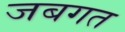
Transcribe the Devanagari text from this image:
जबगत